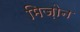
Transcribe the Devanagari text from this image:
मिज़ोन